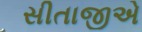
સીતાજીએ